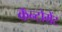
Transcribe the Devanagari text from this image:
कॅन्टोमेंट